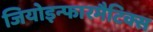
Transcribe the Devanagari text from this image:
जियोइन्फारमैटिक्स